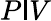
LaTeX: P\mathsf{I}V